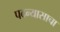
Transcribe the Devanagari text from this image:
पदन्यासाचा